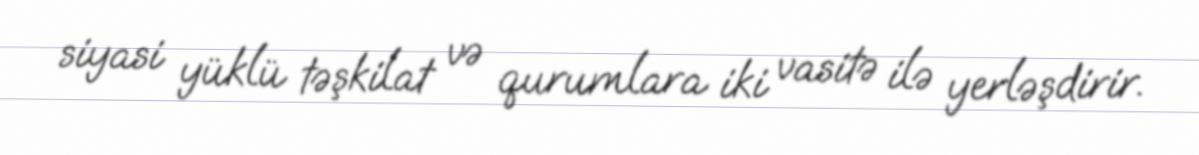
siyasi yüklü təşkilat və qurumlara iki vasitə ilə yerləşdirir.